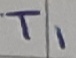
Text: T1